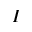
I